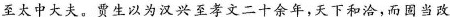
至太中大夫。贾生以为汉兴至孝文二十余年，天下和洽，而固当改